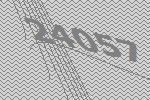
24057